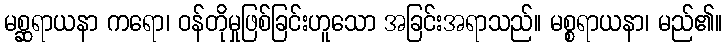
မစ္ဆရာယနာ ကရော၊ ဝန်တိုမှုဖြစ်ခြင်းဟူသော အခြင်းအရာသည်။ မစ္စရာယနာ၊ မည်၏။